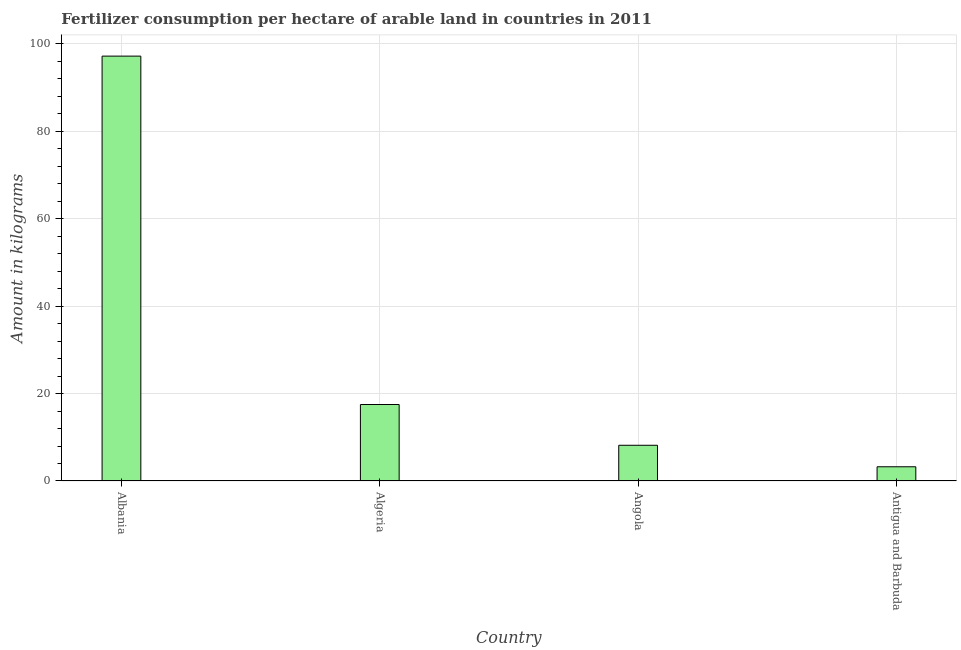
| Country | Fertilizer consumption |
 | --- | --- |
 | Albania | 97.1 |
 | Algeria | 17.5 |
 | Angola | 8.17 |
 | Antigua and Barbuda | 3.25 |